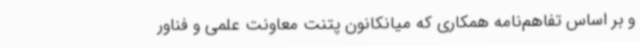
و بر اساس تفاهم‌نامه همکاری که میانکانون پتنت معاونت علمی و فناور